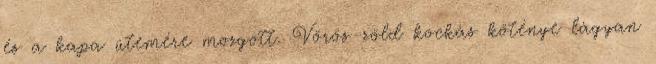
és a kapa ütemére mozgott. Vörös-zöld kockás köténye lágyan